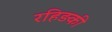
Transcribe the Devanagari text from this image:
रहिड़की